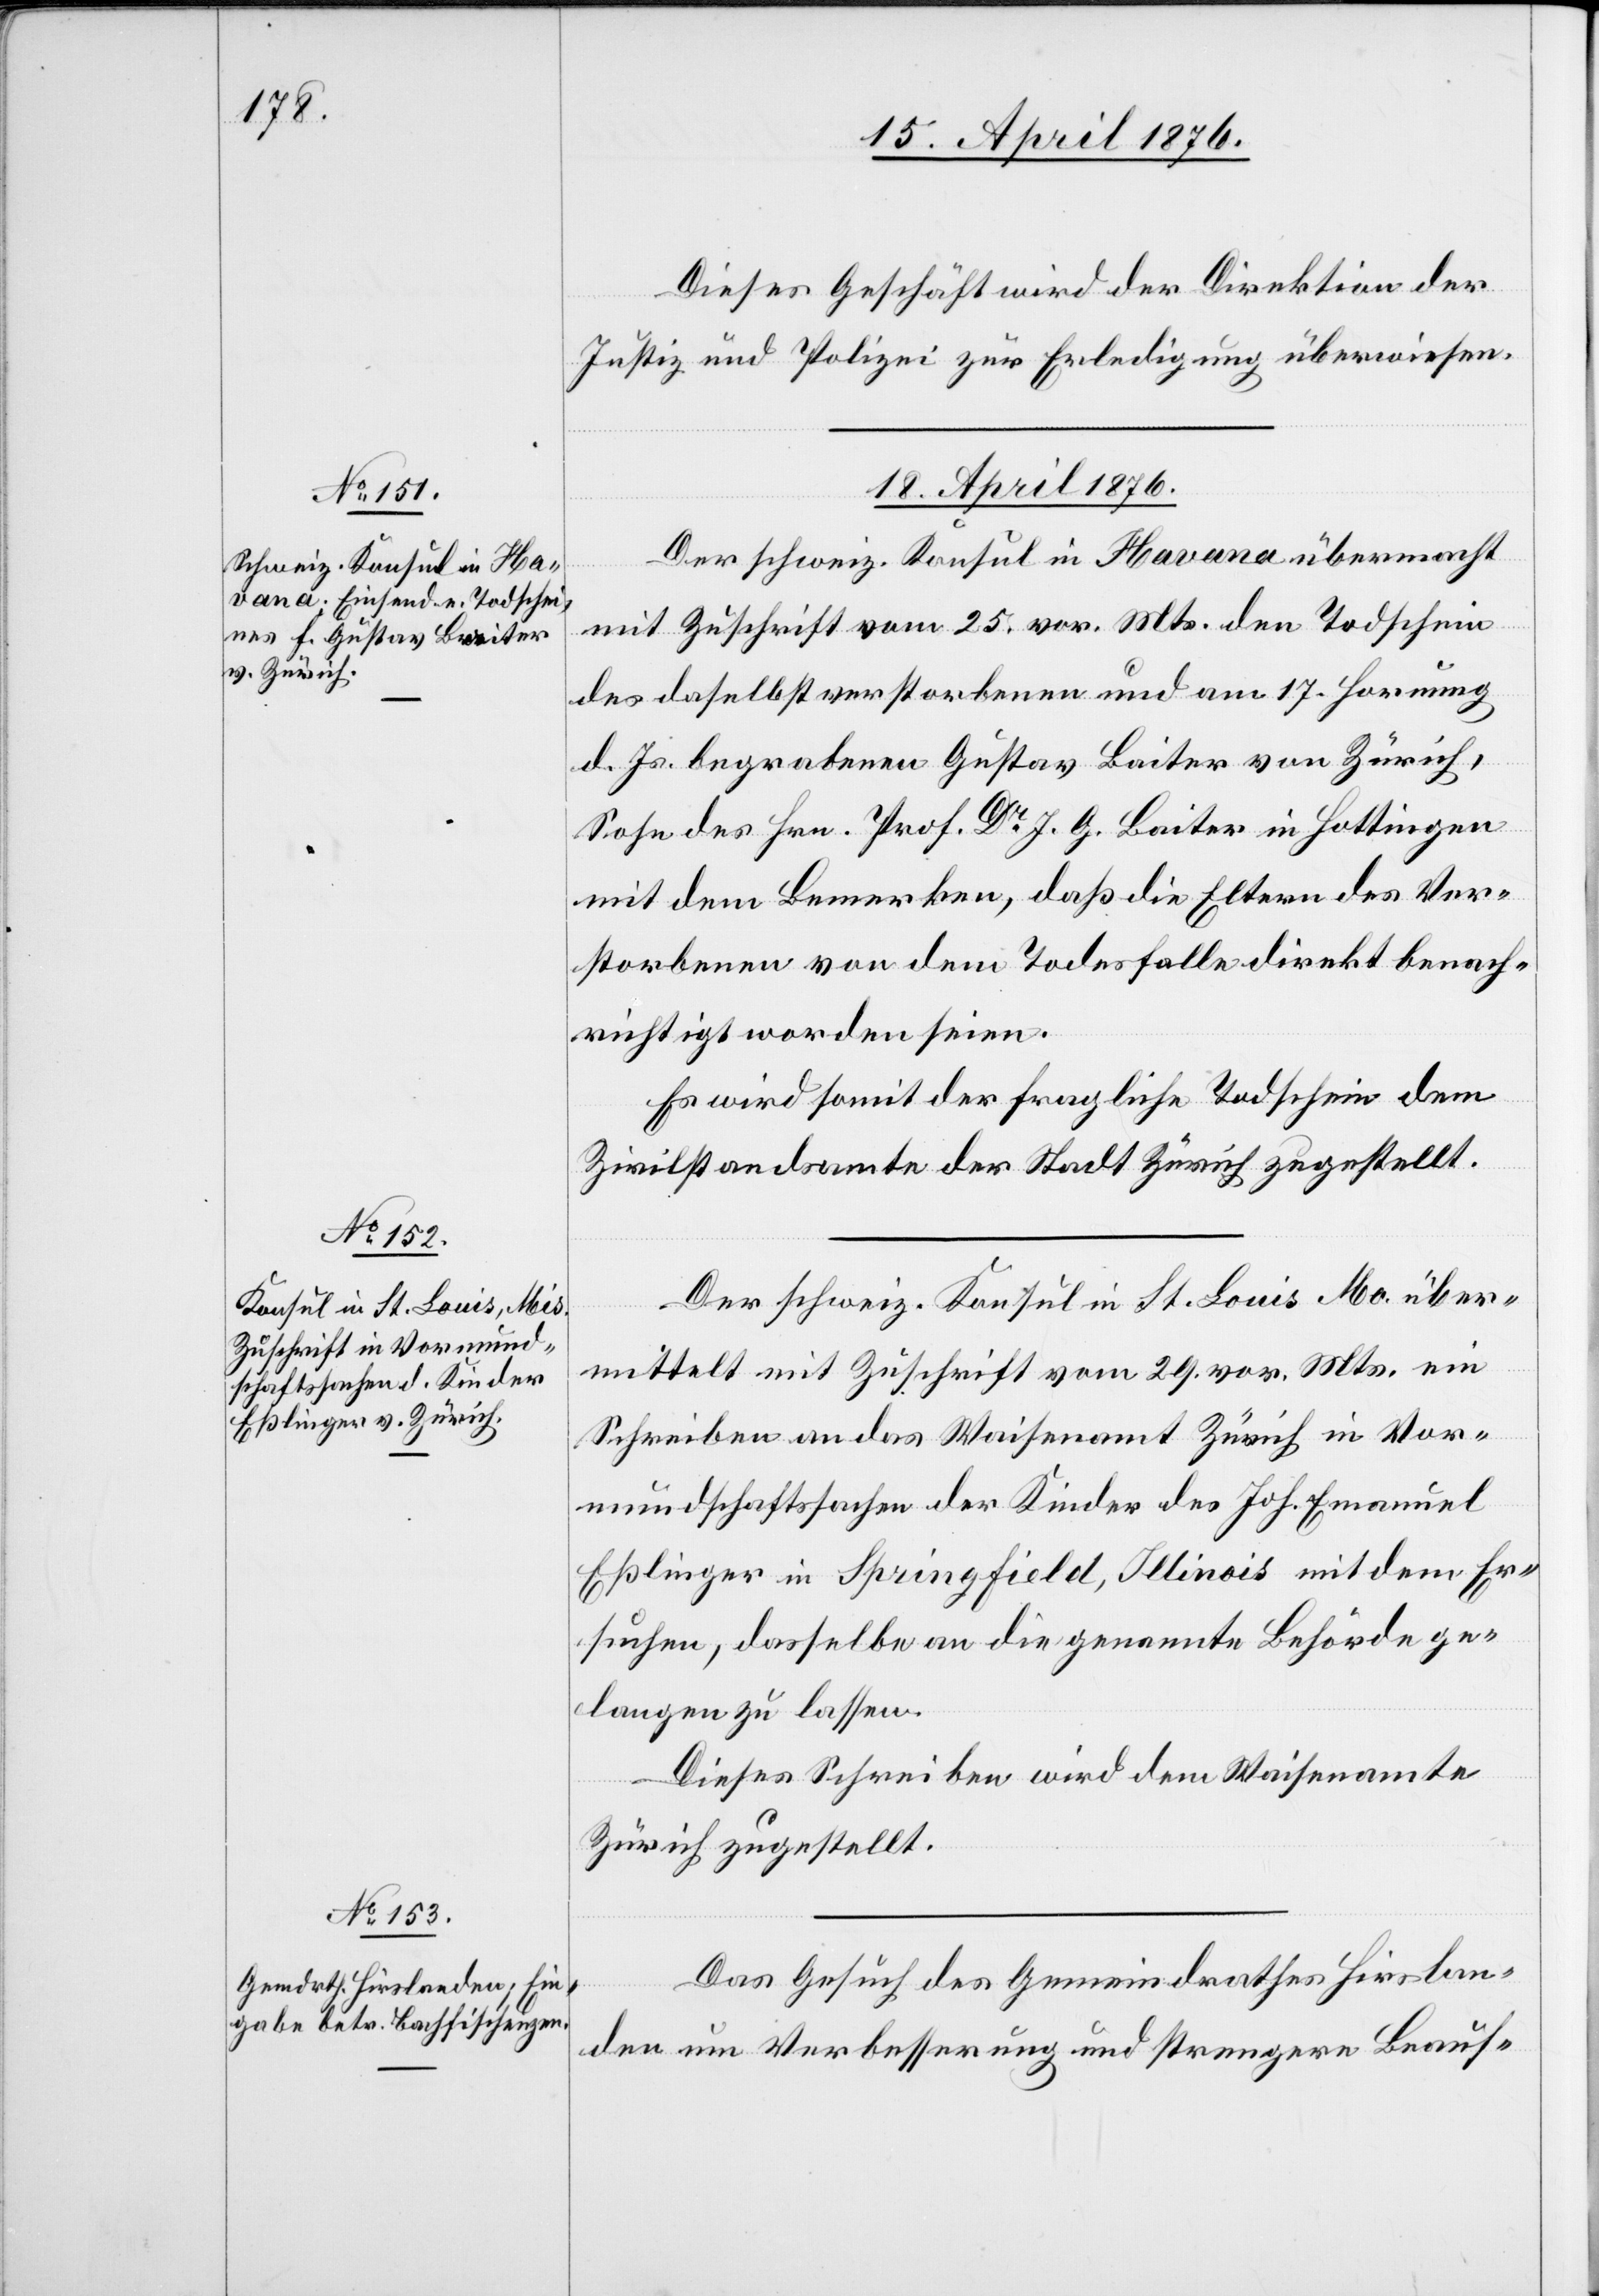
18. April 1876.]
Dieses Geschäft wird der Direktion der
Justiz und Polizei zur Erledigung überwiesen.
18. April 1876.
Der schweiz. Konsul in Havana übermacht
mit Zuschrift vom 25. vor. Mts. den Todschein
des daselbst verstorbenen und am 17. Hornung
d. Js. begrabenen Gustav Baiter von Zürich,
Sohn des Hrn. Prof. Dr J. G. Baiter in Hottingen
mit dem Bemerken, daß die Eltern des Ver¬
storbenen von dem Todesfalle direkt benach¬
richtigt worden seien.
Es wird somit der fragliche Todschein dem
Zivilstandsamte der Stadt Zürich zugestellt.
Der schweiz. Konsul in St. Louis Mo. [sic!] über¬
mittelt mit Zuschrift vom 29. vor. Mts. ein
Schreiben an das Waisenamt Zürich in Vor¬
mundschaftssachen der Kinder des Joh. Emanuel
Eßlinger in Springfield, Illinois mit dem Er¬
suchen, dasselbe an die genannte Behörde ge¬
langen zu lassen.
Dieses Schreiben wird dem Waisenamte
Zürich zugestellt.
Das Gesuch des Gemeindrathes Hirslan¬
den um Verbesserung und strengere Beauf-